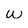
Character: w